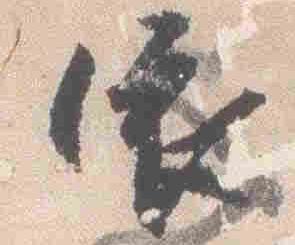
依